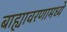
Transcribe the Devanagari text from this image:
बाह्यावरणामध्ये